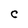
Character: C